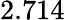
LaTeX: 2.714